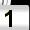
Digit: 1